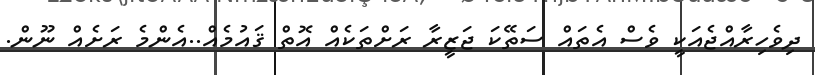
ދިވެހިރާއްޖެއަކީ ވެސް އެތައް ސަތޭކަ ޖަޒީރާ ރަށްތަކެއް އޮތް ޤައުމެއް..އެންމެ ރަށެއް ނޫން.